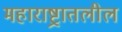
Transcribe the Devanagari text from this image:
महाराष्ट्रातलील